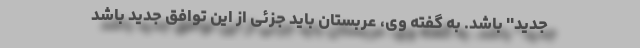
جدید'' باشد. به گفته وی، عربستان باید جزئی از این توافق جدید باشد